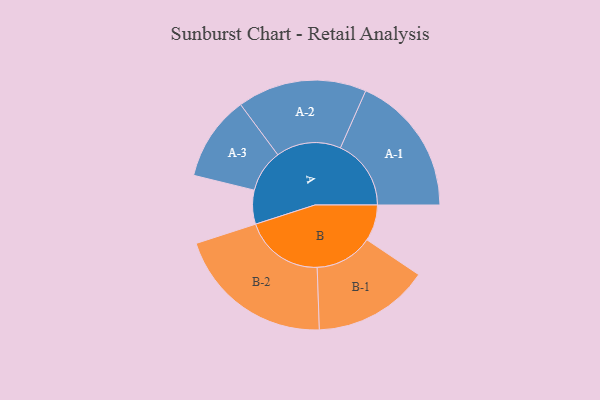
{"axis": {"x": "Segment", "y": "Value"}, "legend": ["", "A", "B"], "data": [{"x": "A", "y": 114, "type": ""}, {"x": "B", "y": 122, "type": ""}, {"x": "A-1", "y": 238, "type": "A"}, {"x": "A-2", "y": 218, "type": "A"}, {"x": "A-3", "y": 143, "type": "A"}, {"x": "B-1", "y": 195, "type": "B"}, {"x": "B-2", "y": 267, "type": "B"}]}